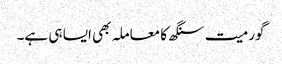
گورمیت سنگھ کا معاملہ بھی ایسا ہی ہے۔